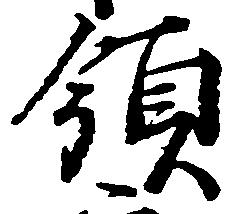
領